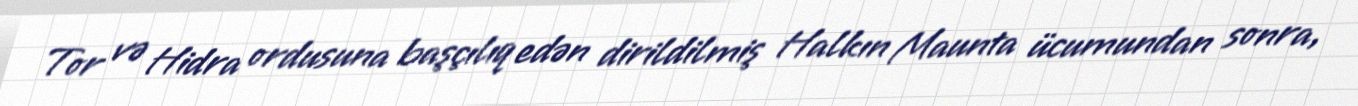
Tor və Hidra ordusuna başçılıq edən dirildilmiş Halkın Maunta ücumundan sonra,